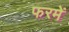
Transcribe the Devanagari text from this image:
फरमें